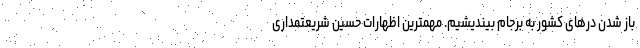
باز شدن درهای کشور به برجام بیندیشیم. مهمترین اظهارات حسین شریعتمداری